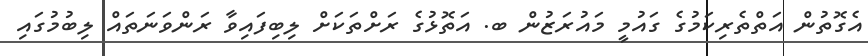
އެގޮތުން އަތްތެރިކަމުގެ ގައުމީ މައުރަޒުން ބ. އަތޮޅުގެ ރަށްތަކަށް ލިބިފައިވާ ރަންވަނަތައް ލިބުމުގައި